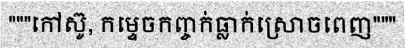
"""កៅស៊ូ, កម្ទេចកញ្ចក់ធ្លាក់ស្រោចពេញ"""